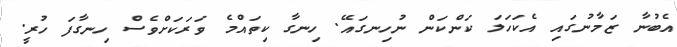
އެބުނާ ޒަމާނުގައި އެކަހަލަ ކަންކަން ނުހިނގައޭ. ހިނގާ ކިތައްމެ ވަރަކަށްވެސް ހިނގާފަ ހުރީ.